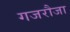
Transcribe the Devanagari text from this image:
गजरौजा